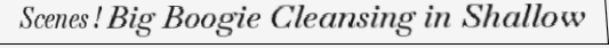
Scenes ! Big Boogie Cleansing in Shallow